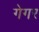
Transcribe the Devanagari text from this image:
गेगर